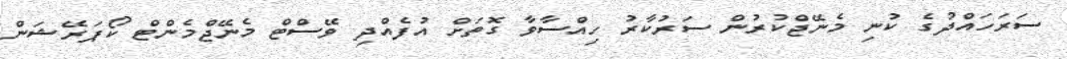
ސަރަހައްދުގެ ކުނި މެނޭޖްކުރުން ސަރުކާރު ހިއްސާވާ ގޮތަށް އުފެއްދި ވޭސްޓް މެނޭޖްމެންޓް ކޯޕަރޭޝަން